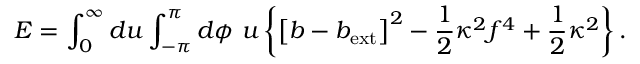
{ \cal E } = \int _ { 0 } ^ { \infty } d u \int _ { - \pi } ^ { \pi } d \phi \ u \left\{ \left[ b - b _ { \mathrm { e x t } } \right] ^ { 2 } - \frac { 1 } { 2 } \kappa ^ { 2 } f ^ { 4 } + \frac { 1 } { 2 } \kappa ^ { 2 } \right\} .